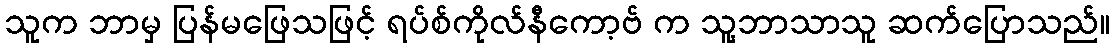
သူက ဘာမှ ပြန်မဖြေသဖြင့် ရပ်စ်ကိုလ်နီကော့ဗ် က သူ့ဘာသာသူ ဆက်ပြောသည်။